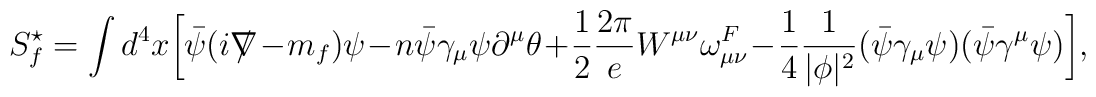
S_{f}^{\star} = \int d^{4}x \biggl[\bar{\psi} (i {\ooalign{\hfil/\hfil\crcr$\nabla$}} - m_{f} ) \psi - n\bar{\psi} \gamma_{\mu} \psi \partial^{\mu} \theta + \frac{1}{2} \frac{2\pi}{e} W^{\mu \nu} \omega^{F}_{\mu \nu} - \frac{1}{4}\frac{1}{|\phi|^{2}} (\bar{\psi} \gamma_{\mu} \psi )(\bar{\psi} \gamma^{\mu} \psi ) \biggr],